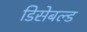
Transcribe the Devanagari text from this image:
डिसेबल्ड